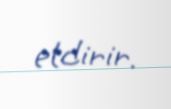
etdirir.